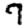
Digit: 7